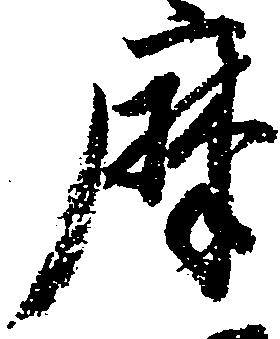
摩